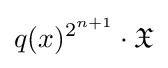
q(x)^{2^{n+1}}\cdot {\mathfrak {X}}